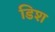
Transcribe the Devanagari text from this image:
डिश